Document type: Sale
Year: 1354
Scribe: Bernat de Torre
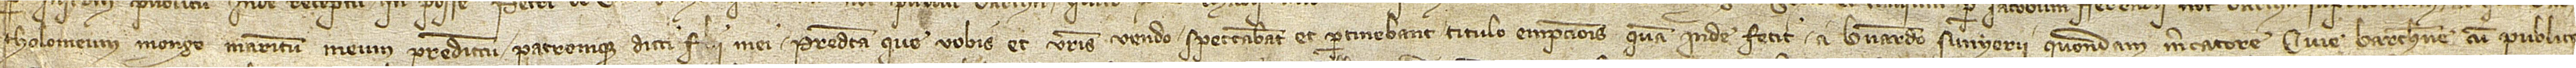
tholomeum Monge, maritum meum predictum patremque dicti filii mei. Predicta que vobis et vestris vendo spectabant et pertinebant titulo empcionis quam inde fecit a Bernardo Sunyerii, quondam, mercatore, cive Barchinone, cum publico